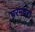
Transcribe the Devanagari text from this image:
परमपरा